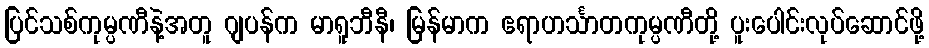
ပြင်သစ်ကုမ္ပဏီနဲ့အတူ ဂျပန်က မာရူဘီနီ၊ မြန်မာက ဧရာဟင်္သာတကုမ္ပဏီတို့ ပူးပေါင်းလုပ်ဆောင်ဖို့